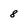
Character: 8